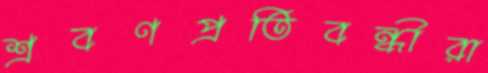
শ্রবণপ্রতিবন্ধীরা